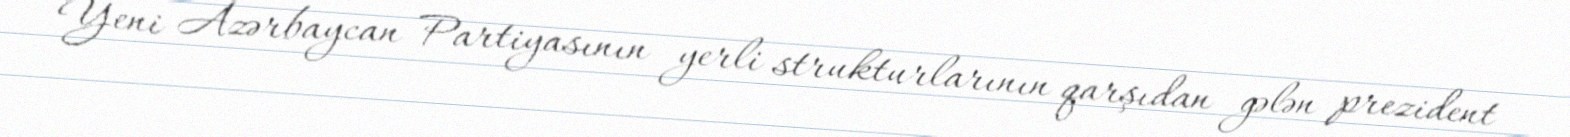
Yeni Azərbaycan Partiyasının yerli strukturlarının qarşıdan gələn prezident